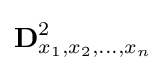
\mathbf {D} _{x_{1},x_{2},\dots ,x_{n}}^{2}